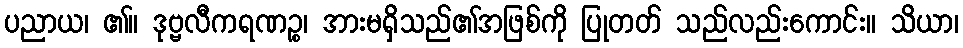
ပညာယ၊ ၏။ ဒုဗ္ဗလီကရဏဉ္စ၊ အားမရှိသည်၏အဖြစ်ကို ပြုတတ် သည်လည်းကောင်း။ သိယာ၊